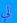
لي